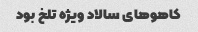
کاهو‌های سالاد ویژه تلخ بود